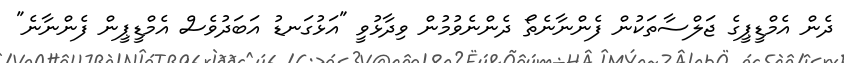
ދެން އެމްޑީޕީގެ ޖަލްސާތަކުން ފެންނާނެތޯ ދެންނެވުމުން ވިދާޅުވީ "އަޅުގަނޑު އަބަދުވެސް އެމްޑީޕީން ފެންނާނެ"